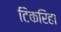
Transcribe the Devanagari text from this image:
टिकरिहा